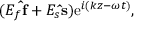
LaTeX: ( E _ { f } \mathbf { \hat { f } } + E _ { s } \mathbf { \hat { s } } ) \mathrm { e } ^ { i ( k z - \omega t ) } ,